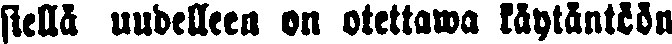
siellä uudelleen on otettawa käytäntöön